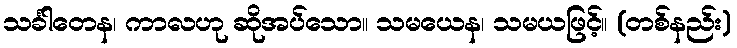
သင်္ခါတေန၊ ကာလဟု ဆိုအပ်သော။ သမယေန၊ သမယဖြင့်။ (တစ်နည်း)